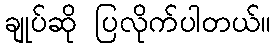
ချုပ်ဆို ပြလိုက်ပါတယ်။